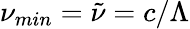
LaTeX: \nu_{min}=\tilde{\nu}=c/\Lambda